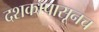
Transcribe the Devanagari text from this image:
दशकापासूनच